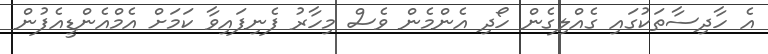
އެ ހާދިސާތަކުގައި ގެއްލިގެން ހޯދި އެންމެން ވެސް މިހާރު ފެނިފައިވާ ކަމަށް އެމްއެންޑީއެފުން